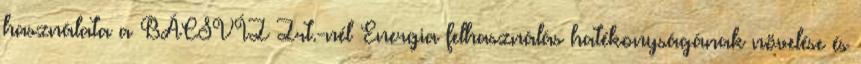
használata a BÁCSVÍZ Zrt.-nél Energia felhasználás hatékonyságának növelése és